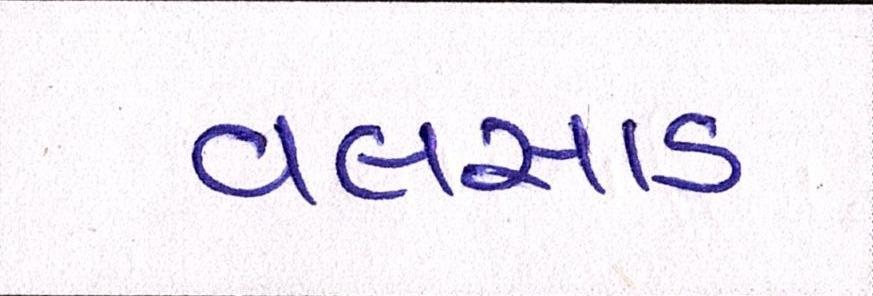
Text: વલસાડ